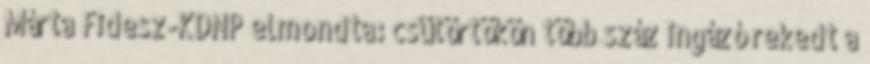
Márta Fidesz-KDNP elmondta: csütörtökön több száz ingázó rekedt a